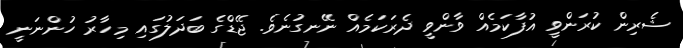
ޝެރިން ކުރަންވީ އުފާކަމެއް ވާންވީ ދެރަކަމެއް ނޭނގުނެވެ. ޖޭޑްގެ ބަދަލުގައި މިހާރު ހުންނަނީ